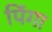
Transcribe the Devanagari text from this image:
पिंगा